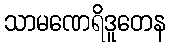
သာမဏေရိဒူတေန